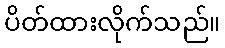
ပိတ်ထားလိုက်သည်။